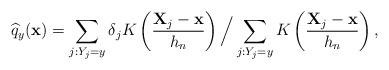
LaTeX: \begin{align*}\widehat{q}_{y}(\textbf{x}) = \sum_{j:Y_j=y} \delta_{j} K\left( \dfrac{\textbf{X}_j - \textbf{x}}{h_{n}} \right) \Big/ \sum_{j:Y_j=y} K\left( \dfrac{\textbf{X}_j - \textbf{x}}{h_{n}} \right),\end{align*}